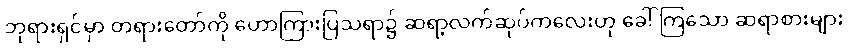
ဘုရားရှင်မှာ တရားတော်ကို ဟောကြားပြသရာ၌ ဆရာ့လက်ဆုပ်ကလေးဟု ခေါ်ကြသော ဆရာစားများ